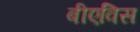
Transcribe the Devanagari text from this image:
बीएविस